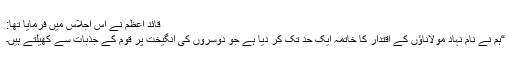
قائد اعظم نے اس اجلاس میں فرمایا تھا:
“ہم نے نام نہاد مولاناؤں کے اقتدار کا خاتمہ ایک حد تک کر دیا ہے جو دوسروں کی انگیخت پر قوم کے جذبات سے کھیلتے ہیں۔